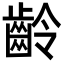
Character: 齡